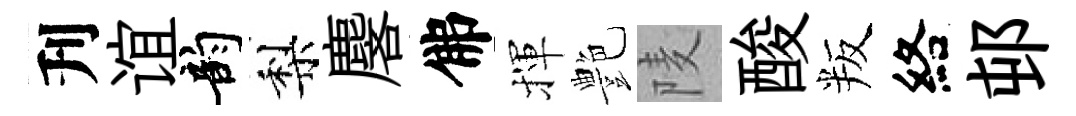
刋谊韵梨麐佛揮艶𨹧酸叛絡邨